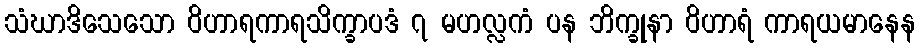
သံဃာဒိသေသော ဝိဟာရကာရသိက္ခာပဒံ ၇ မဟလ္လကံ ပန ဘိက္ခုနာ ဝိဟာရံ ကာရယမာနေန